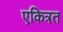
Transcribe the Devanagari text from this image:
एकित्रत